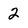
Character: 2